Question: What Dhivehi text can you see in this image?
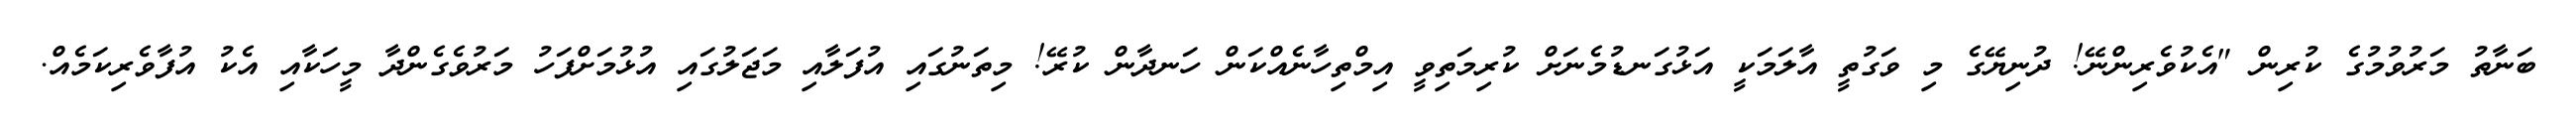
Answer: ބަނާތު މަރުވުމުގެ ކުރިން "އެކުވެރިންނޭ! ދުނިޔޭގެ މި ވަގުތީ އާލަމަކީ އަޅުގަނޑުމެނަށް ކުރިމަތިވީ އިމްތިހާނެއްކަން ހަނދާން ކުރޭ! މިތަނުގައި އުފަލާއި މަޖަލުގައި އުޅުމަށްފަހު މަރުވެގެންދާ މީހަކާއި އެކު އުފާވެރިކަމެއް.